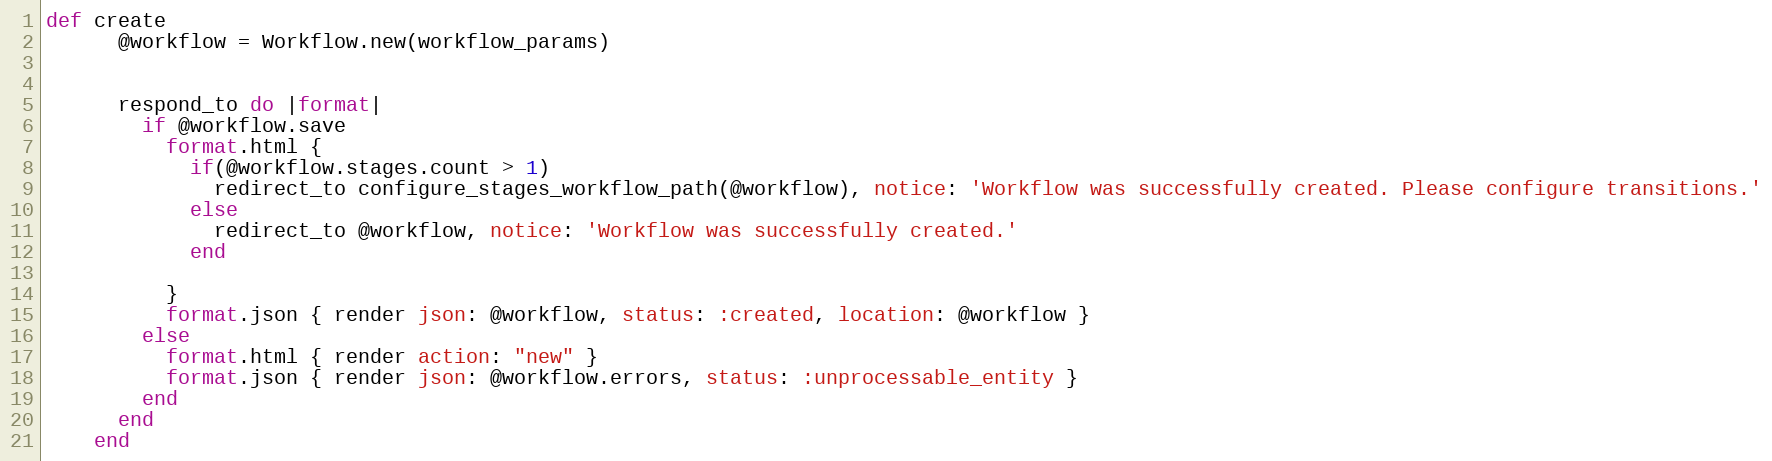
Language: Ruby
def create
      @workflow = Workflow.new(workflow_params)

      respond_to do |format|
        if @workflow.save
          format.html {
            if(@workflow.stages.count > 1)
              redirect_to configure_stages_workflow_path(@workflow), notice: 'Workflow was successfully created. Please configure transitions.'
            else
              redirect_to @workflow, notice: 'Workflow was successfully created.'
            end

          }
          format.json { render json: @workflow, status: :created, location: @workflow }
        else
          format.html { render action: "new" }
          format.json { render json: @workflow.errors, status: :unprocessable_entity }
        end
      end
    end